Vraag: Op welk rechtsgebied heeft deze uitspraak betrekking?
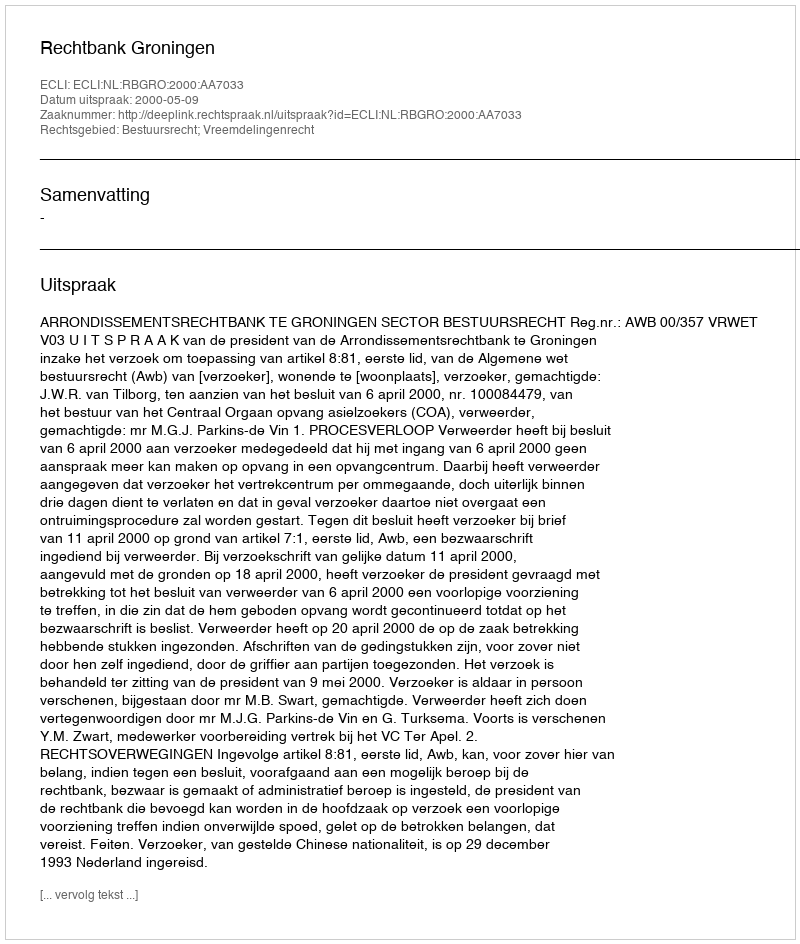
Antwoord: Bestuursrecht; Vreemdelingenrecht